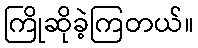
ကြိုဆိုခဲ့ကြတယ်။